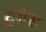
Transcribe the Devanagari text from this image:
ट्रॉप्स